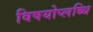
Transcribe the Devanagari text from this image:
विषयोप्लब्धि